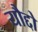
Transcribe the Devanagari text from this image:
यौद्दो